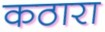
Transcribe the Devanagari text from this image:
कठारा